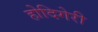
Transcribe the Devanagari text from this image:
होदिगेरी